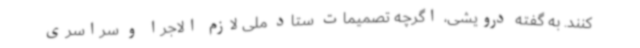
کنند. به گفته درویشی، اگرچه تصمیمات ستاد ملی لازم الاجرا و سراسری